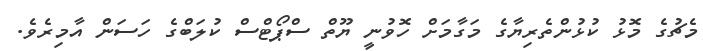
މެޗުގެ މޮޅު ކުޅުންތެރިޔާގެ މަގާމަށް ހޮވުނީ ޔޫތް ސްޕޯޓްސް ކުލަބްގެ ހަސަން އާމިރެވެ.